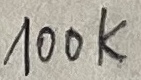
Text: 100K